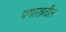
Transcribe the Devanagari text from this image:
पगारातील